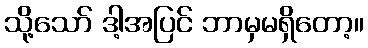
သို့သော် ဒါ့အပြင် ဘာမှမရှိတော့။